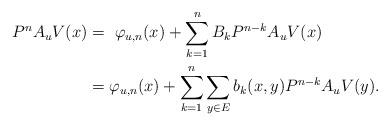
LaTeX: \begin{align*}P^nA_u V (x) &=~ \varphi_{u,n}(x) + \sum_{k=1}^{n} B_kP^{n- k}A_u V (x) \\&= \varphi_{u,n}(x) + \sum_{k=1}^{n} \sum_{y\in E} b_k(x,y) P^{n- k}A_u V (y).\end{align*}